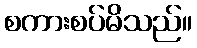
စကားစပ်မိသည်။